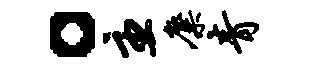
。主麋青